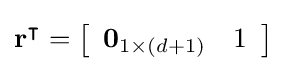
\mathbf {r} ^{\intercal }=\left[{\begin{array}{ll}\mathbf {0} _{1\times (d+1)}&1\end{array}}\right]